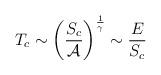
LaTeX: \begin{align*}T_c \sim \left( \frac{S_c}{{\cal A}} \right)^{\frac{1}{\gamma}} \sim \frac{E}{S_c}\end{align*}